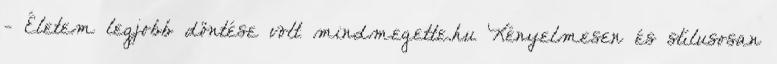
- Életem legjobb döntése volt mindmegette.hu Kényelmesen és stílusosan